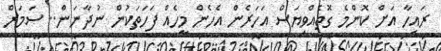
ރައިހާ އަށް ކޮންމެ ގޮތެއްވިޔަސް އަހަރެން އެހެން މީހެއް ފަހަތަކުން ނުދާނަން.. ސަމަރް